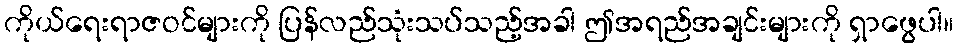
ကိုယ်ရေးရာဇဝင်များကို ပြန်လည်သုံးသပ်သည့်အခါ ဤအရည်အချင်းများကို ရှာဖွေပါ။